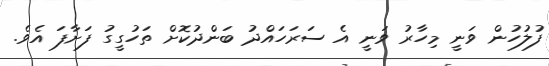
ފުލުހުން ވަނީ މިހާރު ވަނީ އެ ސަރަހައްދު ބަންދުކޮށް ތަހުގީގު ފަށާފަ އެވެ.